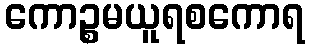
ကောဉ္စမယူရစကောရ